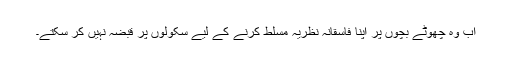
اب وہ چھوٹے بچوں پر اپنا فاسقانہ نظریہ مسلط کرنے کے لیے سکولوں پر قبضہ نہیں کر سکتے۔